kultuurilooline_kollektsioon, lk 19
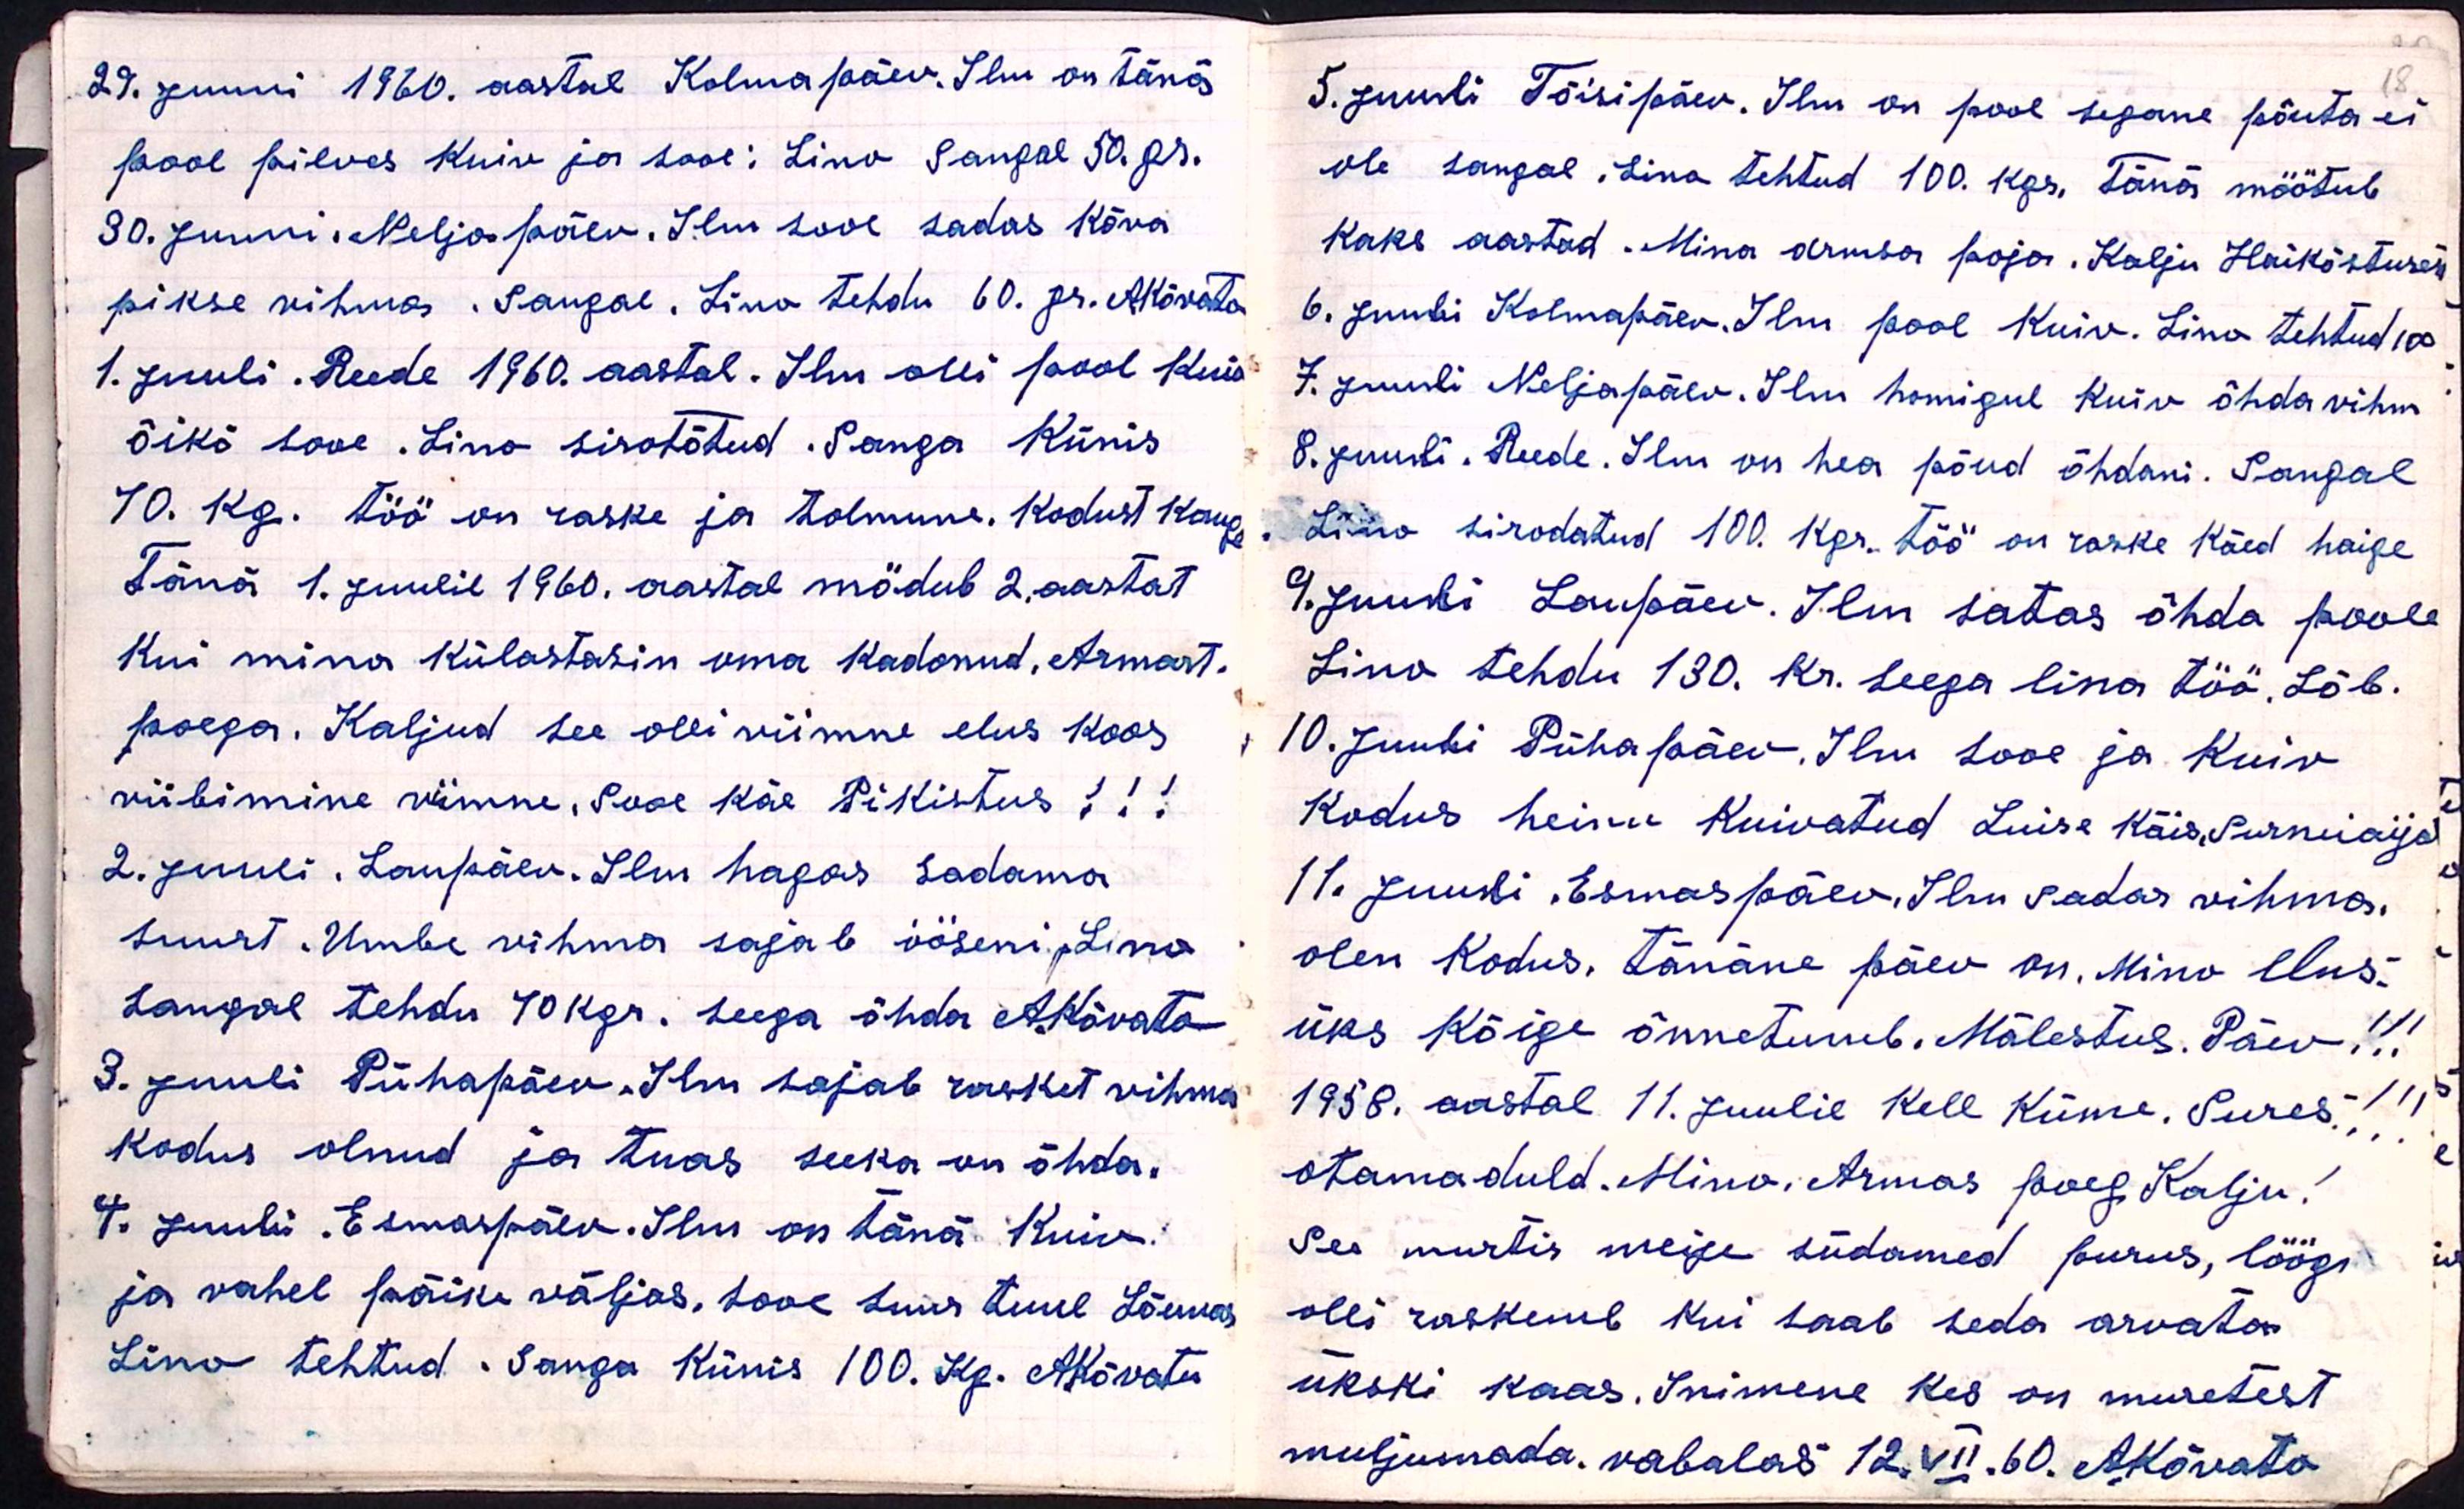
18

29. juuni 1960. aastal Kolmapäev. Ilm on tänä
pool pilves kuiv ja sooe Lino Sangal 50. gr.
30. juuni. Neljapäev. Ilm sooe sadas kõva
pikse vihma. Sangal. Lino tehdu 60. gr. AKõvato
1. juuli. Reede 1960. aastal. Ilm olli pool kuiv
õikõ sooe. Lino sirotõtud Sanga Künis
70. kg. töö on raske ja tolmune. Kodust kauge
Tänä 1. juulil 1960. aastal mödub 2. aastat
kui mina külastasin oma kadunud, Armast
poega. Kaljud see olli viimne elus koos
viibimine viimne. Sooe käe Pikistus!!!
2. juuli. Laupäev. Ilm hagas sadama
suurt. Umbe vihma sajab ööseni. Lino
Sangal tehdu 70 kgr. seega õhda A.Kõvato
3. Juuli Pühapäev. Ilm sajab rasket vihma
kodus olnud ja tuas seeka on õhda.
4. Juuli Esmaspäev. Ilm on tänä kuiv.
ja vahel päike väljas, sooe suur tuul Lõunas
Lino tehtud. Sanga künis 100. Kg. AKõvatu

5. juuli Tõisipäev. Ilm on pool segane põuta ei
ole sangal. Lina tehtud 100. kgr, tänä möötub
kaks aastad. Mina armsa poja. Kalju Haiköstuses
6. Juuli Kolmapäev. Ilm pool Kuiv. Lina tehtud 100
7. Juuli Neljapäev. Ilm homigul Kuiv õhda vihm
8. Juuli. Reede. Ilm on hea põud õhdani. Sangal
Lino sirodatud 100. kgr. töö on raske käed haige
9. juuli Laupäev. Ilm satas õhda poole
Lino tehdu 130. kr. seega lina töö. Lõb.
10. Juuli Pühapäev, Ilm Sooe ja kuiv
Kodus heinu kuivatud Luise käis, Surnuaijal
11 Juuli Esmaspäev. Ilm sadas vihma.
olen Kodus. tänäne päev on. Mino elus:
üks kõige õnnetumb. Mälestus. Päev!!!
1958. aastal 11. Juulil Kell Küme. Sures!!!
otamaduld. Mino. Armas poeg Kalju!
See murtis meige südamed purus, löögi
olli raskemb kui saab seda arvata
ukski kaas. Inimene kes on muretest
muljumata. vabalas 12.VII.60. AKõvato